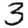
Digit: 3